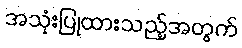
အသုံးပြုထားသည့်အတွက်